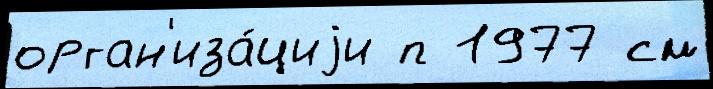
орган'иза́циjи п 1977 см